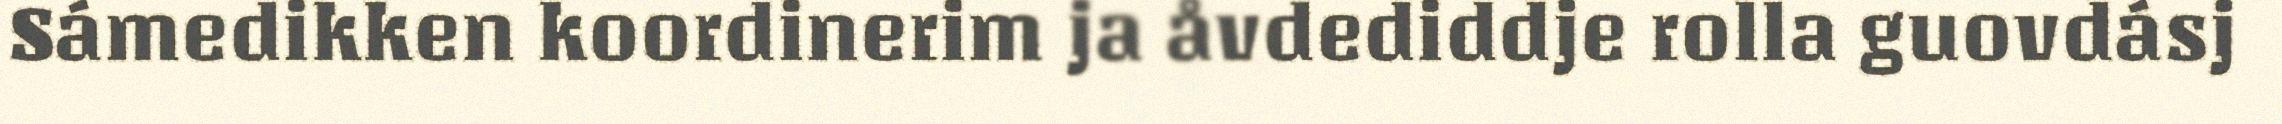
Sámedikken koordinerim ja åvdediddje rolla guovdásj